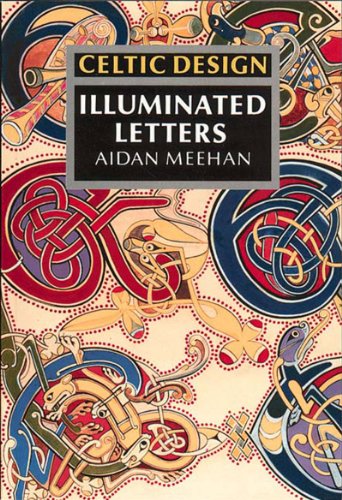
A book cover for Celtic Design: Illuminated Letters; Aidan Meehan; Arts & Photography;